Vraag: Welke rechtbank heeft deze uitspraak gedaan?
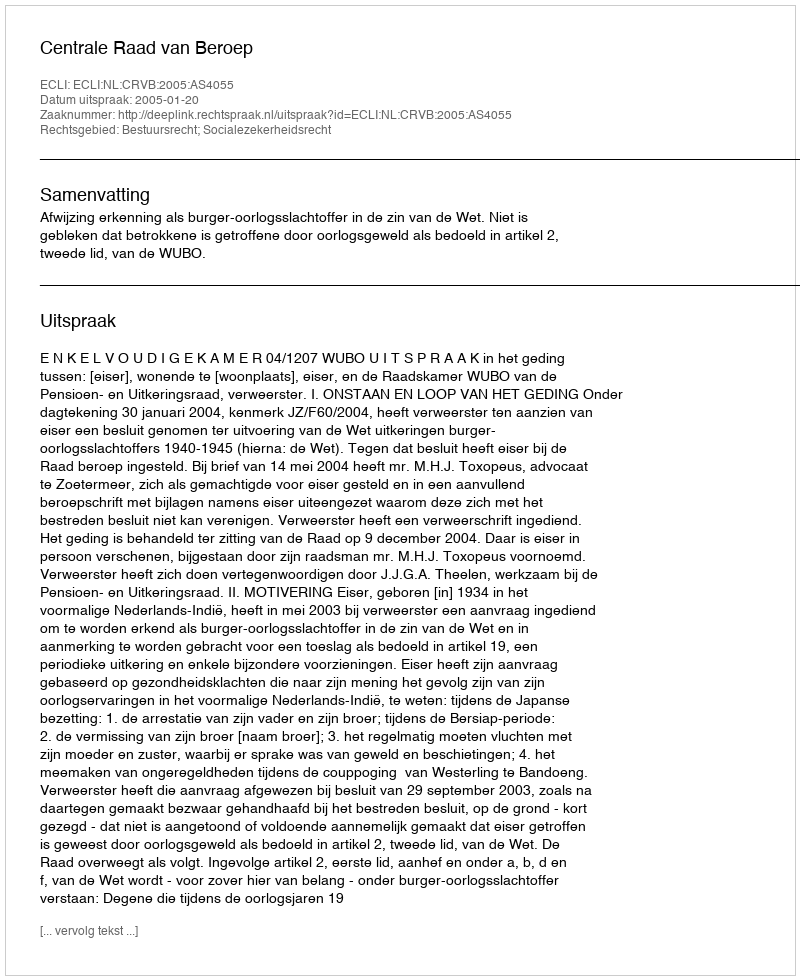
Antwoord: Centrale Raad van Beroep